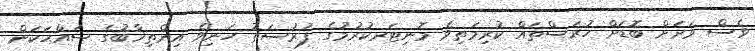
ވެސް ވަރަށް ބޮޑަށް ހުރަސްތައް ކުރިމަތިވެ މޮނިޓަރކުރުމުގެ ފުރުސަތު ހަނިވެ އިންތިޚާބުގެ ސައްޙަކަން